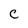
Character: C